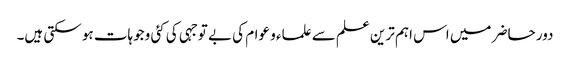
دور حاضر میں اس اہم ترین علم سے علماء و عوام کی بے توجہی کی کئی وجوہات ہو سکتی ہیں۔